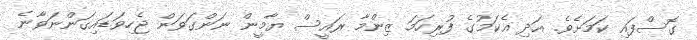
ގޮސްފައި ކަމަށެވެ. އަދި އެކަމުގެ ފުރިހަމަ ޒިންމާ ރައީސް ޔާމީން ނަންގަވަން ޖެހިވަޑައިގަންނަވާނެ